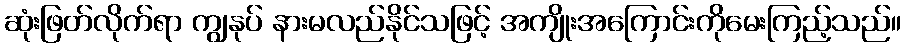
ဆုံးဖြတ်လိုက်ရာ ကျွနုပ် နားမလည်နိုင်သဖြင့် အကျိုးအကြောင်းကိုမေးကြည့်သည်။